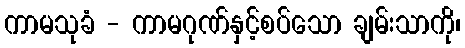
ကာမသုခံ - ကာမဂုဏ်နှင့်စပ်သော ချမ်းသာကို၊